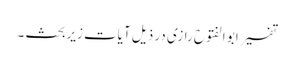
تفسیر ابو الفتوح رازی در ذیل آیات زیربحث ۔